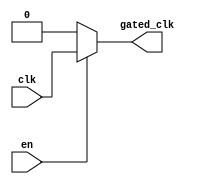
module clock_gating_buffer (
    input wire clk,      // Primary clock input
    input wire en,       // Enable signal
    output wire gated_clk // Gated clock output
);

// Internal signal for gated clock
reg gated_clk_reg;

// Always block to control gated clock based on enable signal
always @(*) begin
    if (en) begin
        gated_clk_reg = clk; // Pass through clock when enabled
    end else begin
        gated_clk_reg = 1'b0; // Gated off clock when disabled
    end
end

// Assign the gated clock output
assign gated_clk = gated_clk_reg;

endmodule